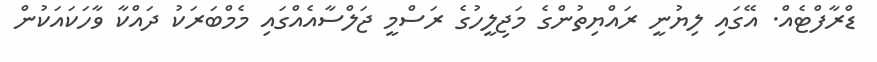
ޑްރާފްޓެއް. އޭގައި ލިޔުނީ ރައްޔިތުންގެ މަޖިލީހުގެ ރަސްމީ ޖަލްސާއެއްގައި މެމްބަރަކު ދައްކާ ވާހަކައަކުން